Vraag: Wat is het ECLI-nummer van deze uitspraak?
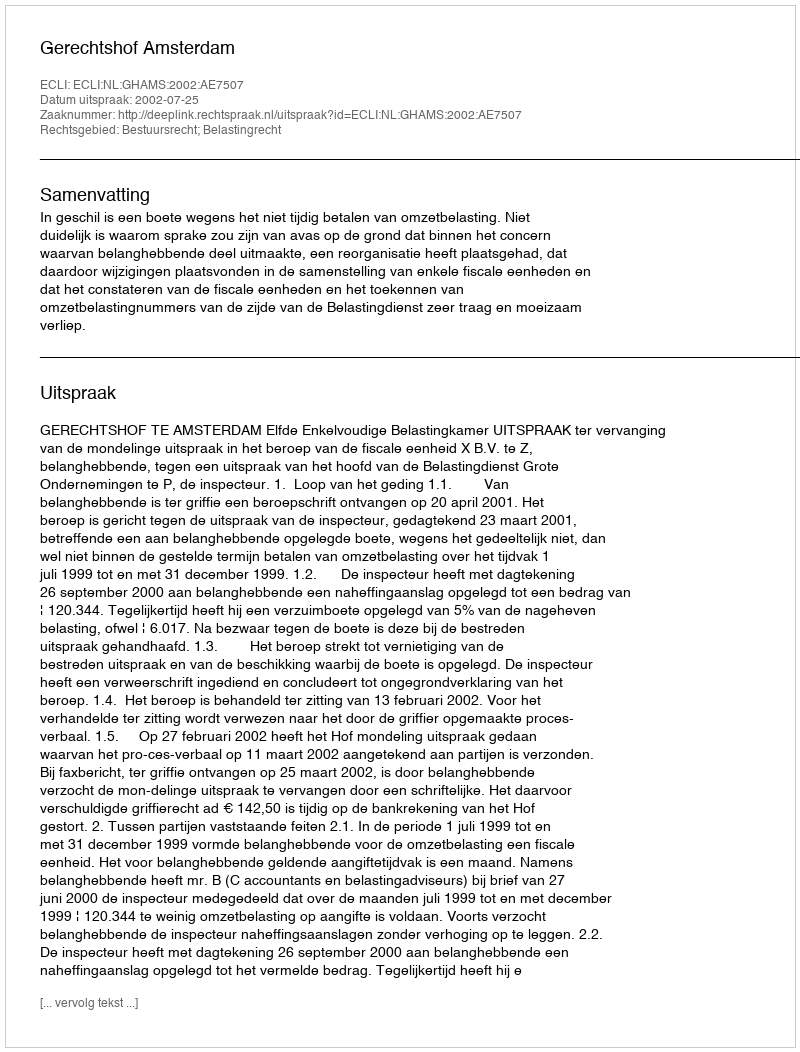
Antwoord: ECLI:NL:GHAMS:2002:AE7507